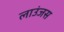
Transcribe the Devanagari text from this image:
लाउंजस